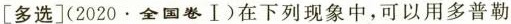
[多选](2020.全国卷Ⅰ)在下列现象中，可以用多普勒